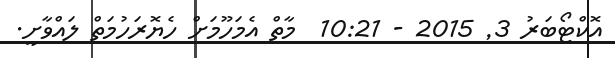
އޮކްޓޯބަރު 3